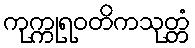
ကုက္ကုရဝတိကသုတ္တံ